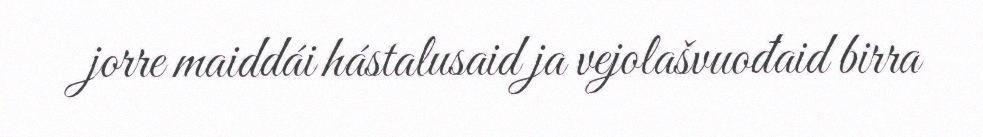
jorre maiddái hástalusaid ja vejolašvuođaid birra